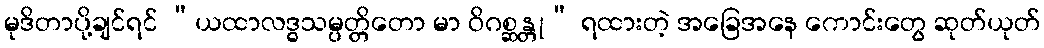
မုဒိတာပို့ချင်ရင် “ယထာလဒ္ဓသမ္ပတ္တိတော မာ ဝိဂစ္ဆန္တု” ရထားတဲ့ အခြေအနေ ကောင်းတွေ ဆုတ်ယုတ်